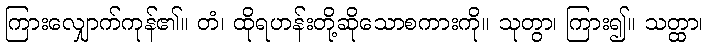
ကြားလျှောက်ကုန်၏။ တံ၊ ထိုရဟန်းတို့ဆိုသောစကားကို။ သုတွာ၊ ကြား၍။ သတ္ထာ၊